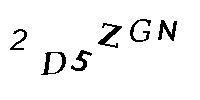
2D5ZGN